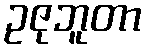
ဥဇုဘူတာ